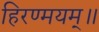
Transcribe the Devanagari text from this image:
हिरण्मयम्॥